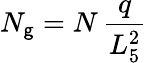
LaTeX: N_{\mathsf{g}}=N\, {\frac{{q}}{{L_{5}^{2}}}}